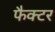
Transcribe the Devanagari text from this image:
फैक्‍टर